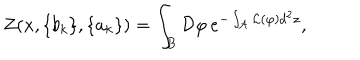
LaTeX: Z ( x , \{ b _ { k } \} , \{ a _ { k } \} ) = \int _ { B } { \mathcal D } \varphi \, e ^ { - \int _ { \mathcal A } { \mathcal L } ( \varphi ) d ^ { 2 } z } ,